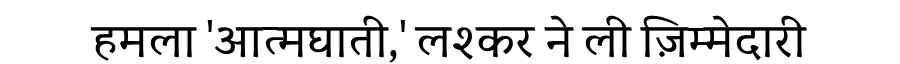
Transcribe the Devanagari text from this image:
हमला 'आत्मघाती,' लश्कर ने ली ज़िम्मेदारी